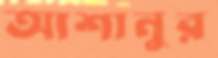
আশানুর